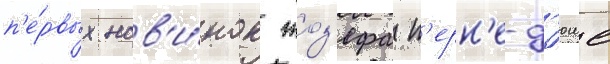
п'е́рвых нов'и́нок жоз'ефа п'ерн'е-д'юше